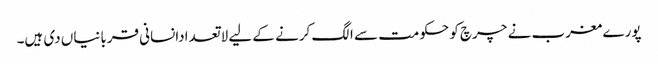
پورے مغرب نے چرچ کو حکومت سے الگ کرنے کے لیے لاتعدادانسانی قربانیاں دی ہیں۔